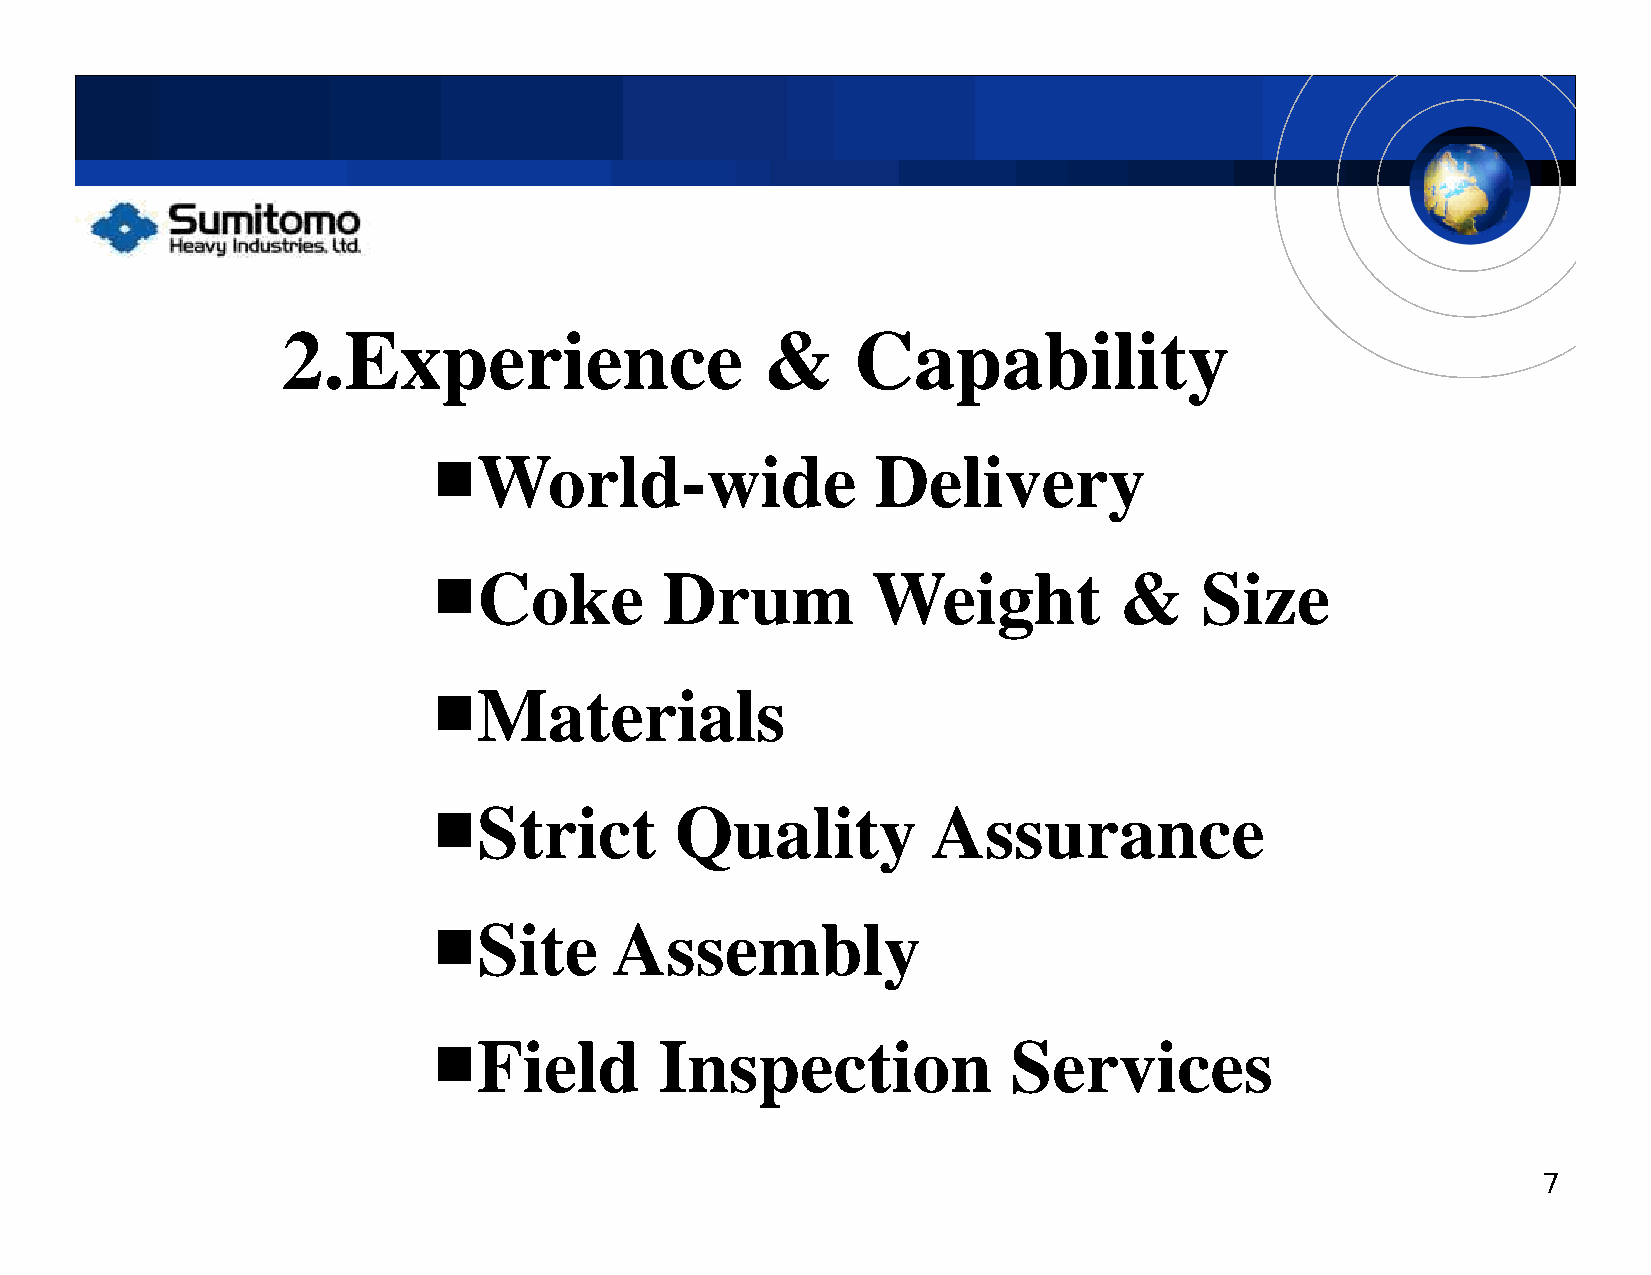
2.Expperience                   &    Cappabilityy
 ■World-wide                  Delivery
 ■Coke          Drum          Weight          &    Size
 ■■MMaatteerriiaallss
 ■Strict         Quality          Assurance
 ■Site       Assembly
 ■Field         Inspection             Services
 7